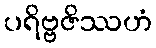
ပရိဗ္ဗဇိဿဟံ